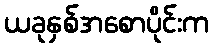
ယခုနှစ်အစောပိုင်းက